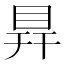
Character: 𥅳